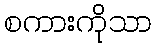
စကားကိုသာ